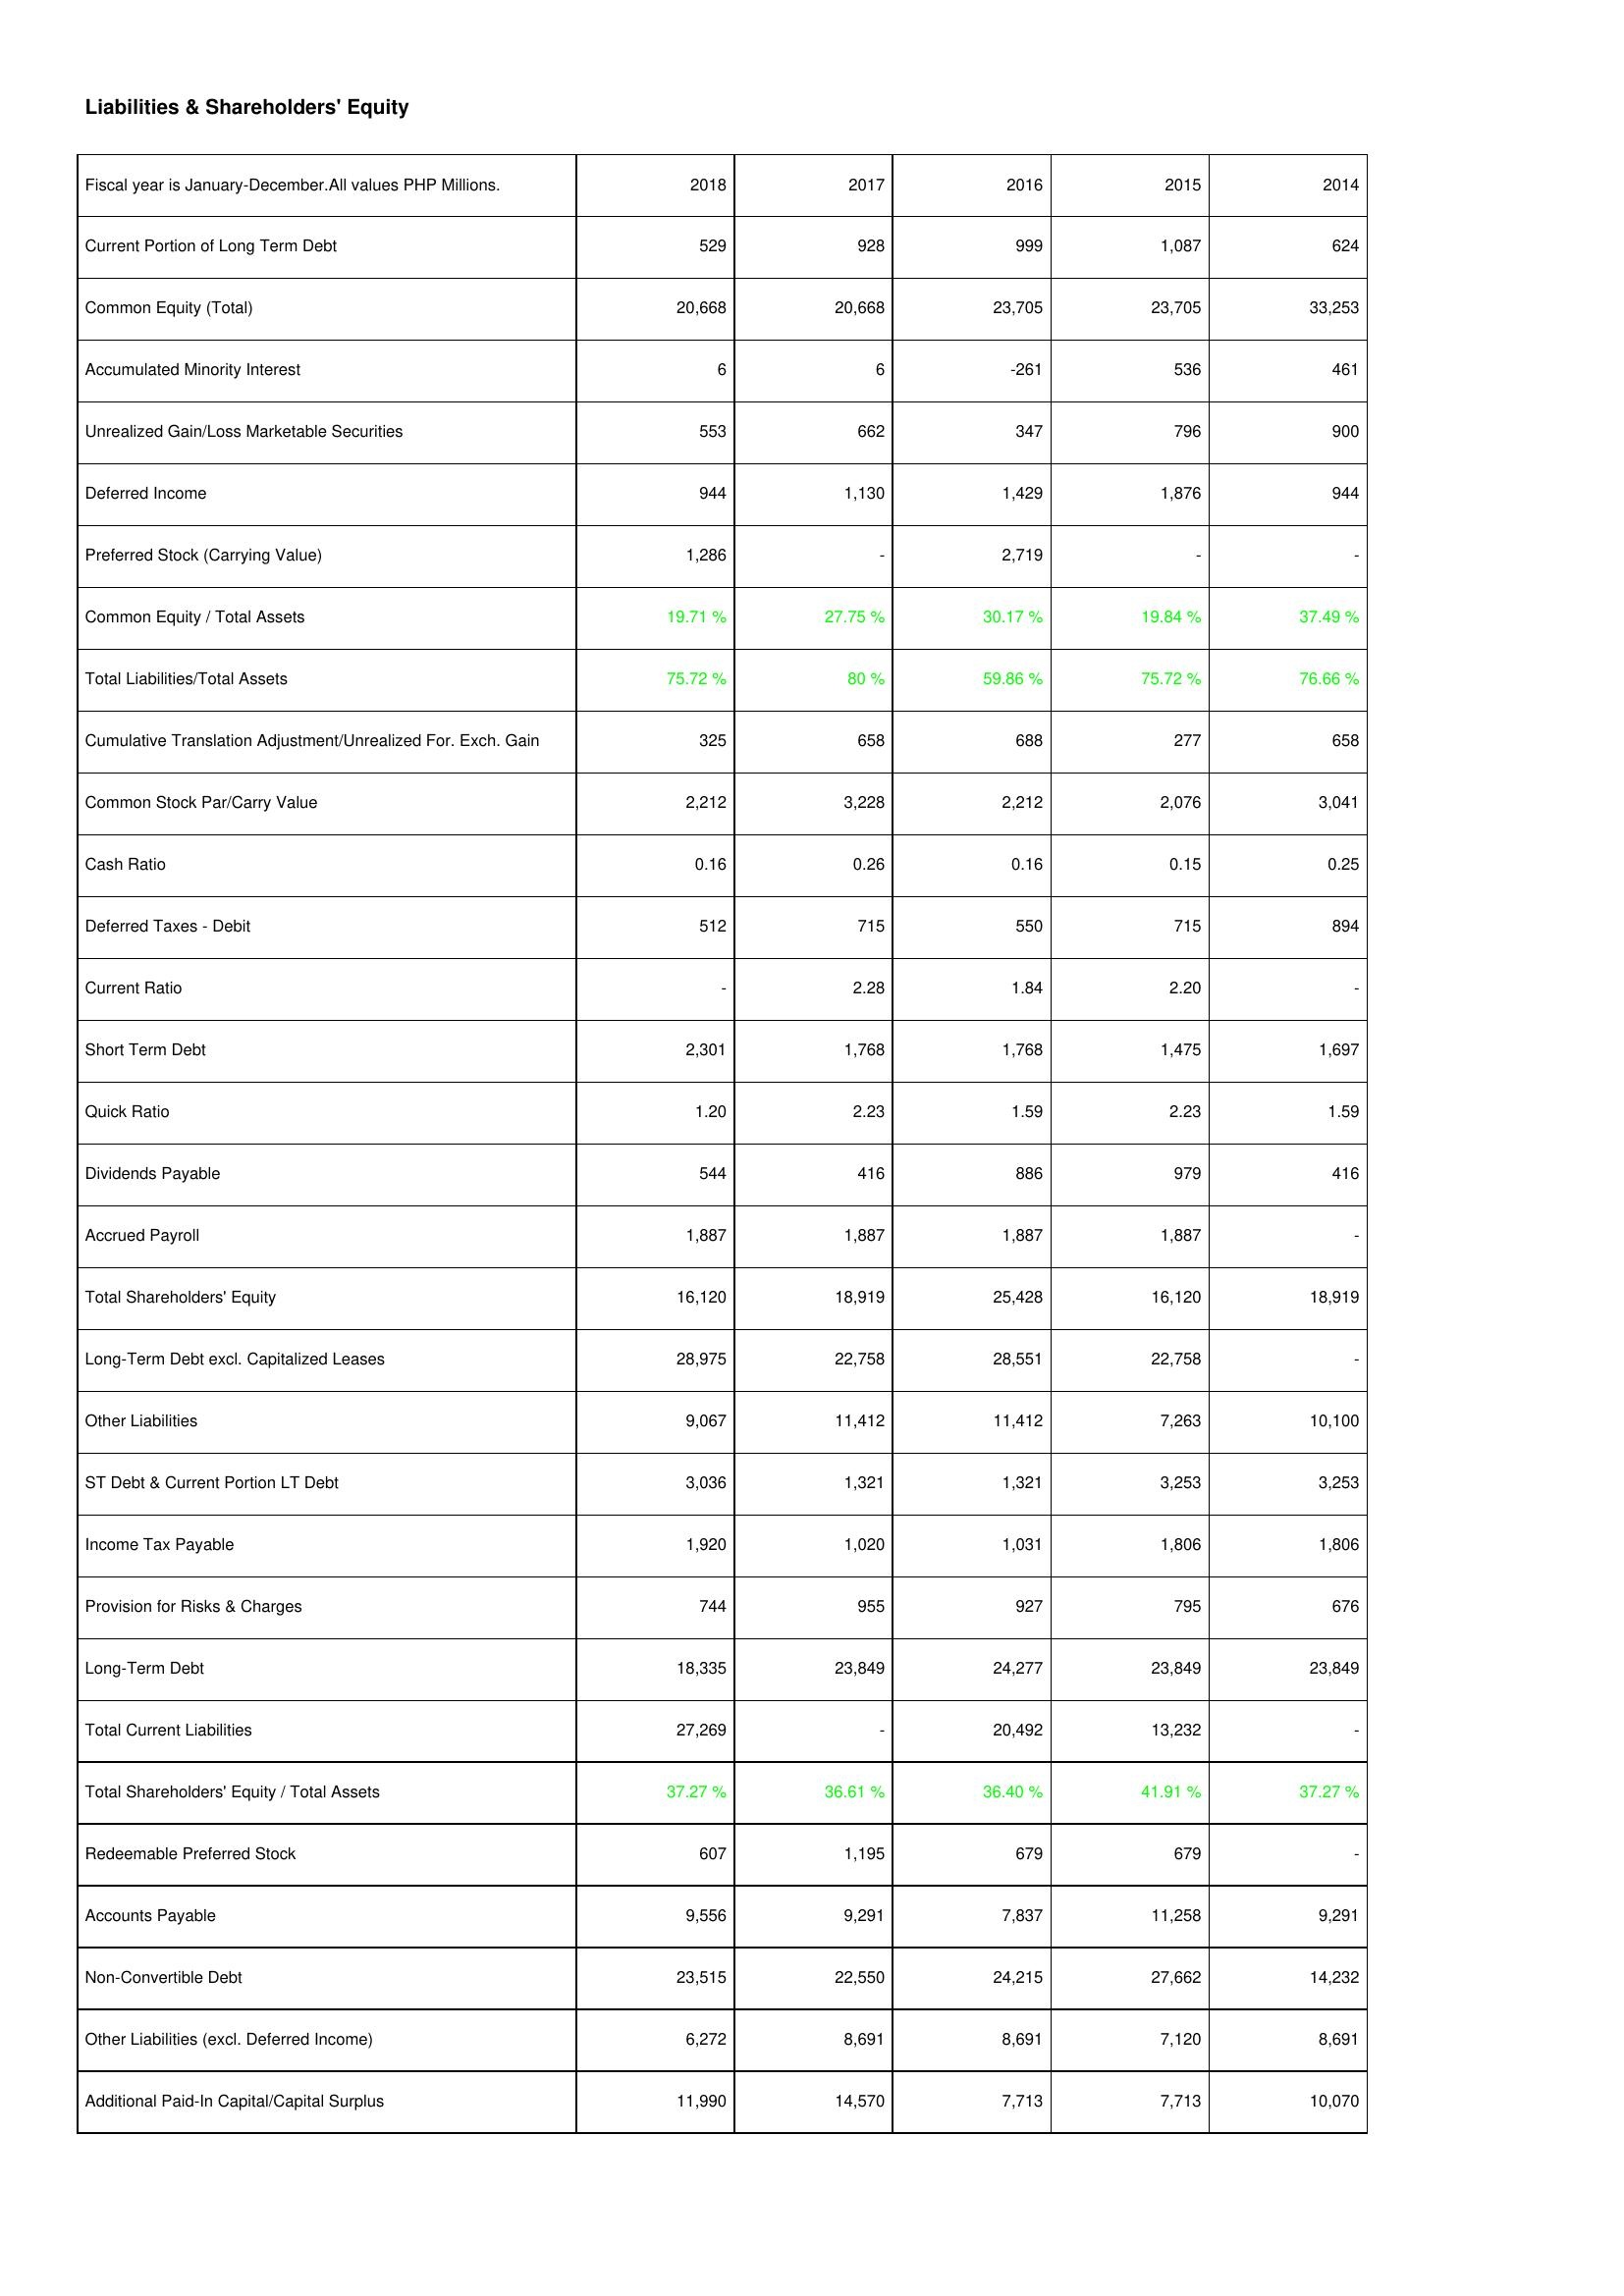
2018: Liabilities & Shareholders' Equity: Current Portion of Long Term Debt: 529
Common Equity (Total): 20,668
Accumulated Minority Interest: 6
Unrealized Gain/Loss Marketable Securities: 553
Deferred Income: 944
Preferred Stock (Carrying Value): 1,286
Common Equity / Total Assets: 19.71 %
Total Liabilities/Total Assets: 75.72 %
Cumulative Translation Adjustment/Unrealized For. Exch. Gain: 325
Common Stock Par/Carry Value: 2,212
Cash Ratio: 0.16
Deferred Taxes - Debit: 512
Current Ratio: -
Short Term Debt: 2,301
Quick Ratio: 1.20
Dividends Payable: 544
Accrued Payroll: 1,887
Total Shareholders' Equity: 16,120
Long-Term Debt excl. Capitalized Leases: 28,975
Other Liabilities: 9,067
ST Debt & Current Portion LT Debt: 3,036
Income Tax Payable: 1,920
Provision for Risks & Charges: 744
Long-Term Debt: 18,335
Total Current Liabilities: 27,269
Total Shareholders' Equity / Total Assets: 37.27 %
Redeemable Preferred Stock: 607
Accounts Payable: 9,556
Non-Convertible Debt: 23,515
Other Liabilities (excl. Deferred Income): 6,272
Additional Paid-In Capital/Capital Surplus: 11,990
2017: Liabilities & Shareholders' Equity: Current Portion of Long Term Debt: 928
Common Equity (Total): 20,668
Accumulated Minority Interest: 6
Unrealized Gain/Loss Marketable Securities: 662
Deferred Income: 1,130
Preferred Stock (Carrying Value): -
Common Equity / Total Assets: 27.75 %
Total Liabilities/Total Assets: 80 %
Cumulative Translation Adjustment/Unrealized For. Exch. Gain: 658
Common Stock Par/Carry Value: 3,228
Cash Ratio: 0.26
Deferred Taxes - Debit: 715
Current Ratio: 2.28
Short Term Debt: 1,768
Quick Ratio: 2.23
Dividends Payable: 416
Accrued Payroll: 1,887
Total Shareholders' Equity: 18,919
Long-Term Debt excl. Capitalized Leases: 22,758
Other Liabilities: 11,412
ST Debt & Current Portion LT Debt: 1,321
Income Tax Payable: 1,020
Provision for Risks & Charges: 955
Long-Term Debt: 23,849
Total Current Liabilities: -
Total Shareholders' Equity / Total Assets: 36.61 %
Redeemable Preferred Stock: 1,195
Accounts Payable: 9,291
Non-Convertible Debt: 22,550
Other Liabilities (excl. Deferred Income): 8,691
Additional Paid-In Capital/Capital Surplus: 14,570
2016: Liabilities & Shareholders' Equity: Current Portion of Long Term Debt: 999
Common Equity (Total): 23,705
Accumulated Minority Interest: -261
Unrealized Gain/Loss Marketable Securities: 347
Deferred Income: 1,429
Preferred Stock (Carrying Value): 2,719
Common Equity / Total Assets: 30.17 %
Total Liabilities/Total Assets: 59.86 %
Cumulative Translation Adjustment/Unrealized For. Exch. Gain: 688
Common Stock Par/Carry Value: 2,212
Cash Ratio: 0.16
Deferred Taxes - Debit: 550
Current Ratio: 1.84
Short Term Debt: 1,768
Quick Ratio: 1.59
Dividends Payable: 886
Accrued Payroll: 1,887
Total Shareholders' Equity: 25,428
Long-Term Debt excl. Capitalized Leases: 28,551
Other Liabilities: 11,412
ST Debt & Current Portion LT Debt: 1,321
Income Tax Payable: 1,031
Provision for Risks & Charges: 927
Long-Term Debt: 24,277
Total Current Liabilities: 20,492
Total Shareholders' Equity / Total Assets: 36.40 %
Redeemable Preferred Stock: 679
Accounts Payable: 7,837
Non-Convertible Debt: 24,215
Other Liabilities (excl. Deferred Income): 8,691
Additional Paid-In Capital/Capital Surplus: 7,713
2015: Liabilities & Shareholders' Equity: Current Portion of Long Term Debt: 1,087
Common Equity (Total): 23,705
Accumulated Minority Interest: 536
Unrealized Gain/Loss Marketable Securities: 796
Deferred Income: 1,876
Preferred Stock (Carrying Value): -
Common Equity / Total Assets: 19.84 %
Total Liabilities/Total Assets: 75.72 %
Cumulative Translation Adjustment/Unrealized For. Exch. Gain: 277
Common Stock Par/Carry Value: 2,076
Cash Ratio: 0.15
Deferred Taxes - Debit: 715
Current Ratio: 2.20
Short Term Debt: 1,475
Quick Ratio: 2.23
Dividends Payable: 979
Accrued Payroll: 1,887
Total Shareholders' Equity: 16,120
Long-Term Debt excl. Capitalized Leases: 22,758
Other Liabilities: 7,263
ST Debt & Current Portion LT Debt: 3,253
Income Tax Payable: 1,806
Provision for Risks & Charges: 795
Long-Term Debt: 23,849
Total Current Liabilities: 13,232
Total Shareholders' Equity / Total Assets: 41.91 %
Redeemable Preferred Stock: 679
Accounts Payable: 11,258
Non-Convertible Debt: 27,662
Other Liabilities (excl. Deferred Income): 7,120
Additional Paid-In Capital/Capital Surplus: 7,713
2014: Liabilities & Shareholders' Equity: Current Portion of Long Term Debt: 624
Common Equity (Total): 33,253
Accumulated Minority Interest: 461
Unrealized Gain/Loss Marketable Securities: 900
Deferred Income: 944
Preferred Stock (Carrying Value): -
Common Equity / Total Assets: 37.49 %
Total Liabilities/Total Assets: 76.66 %
Cumulative Translation Adjustment/Unrealized For. Exch. Gain: 658
Common Stock Par/Carry Value: 3,041
Cash Ratio: 0.25
Deferred Taxes - Debit: 894
Current Ratio: -
Short Term Debt: 1,697
Quick Ratio: 1.59
Dividends Payable: 416
Accrued Payroll: -
Total Shareholders' Equity: 18,919
Long-Term Debt excl. Capitalized Leases: -
Other Liabilities: 10,100
ST Debt & Current Portion LT Debt: 3,253
Income Tax Payable: 1,806
Provision for Risks & Charges: 676
Long-Term Debt: 23,849
Total Current Liabilities: -
Total Shareholders' Equity / Total Assets: 37.27 %
Redeemable Preferred Stock: -
Accounts Payable: 9,291
Non-Convertible Debt: 14,232
Other Liabilities (excl. Deferred Income): 8,691
Additional Paid-In Capital/Capital Surplus: 10,070